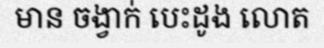
មាន ចង្វាក់ បេះដូង លោត